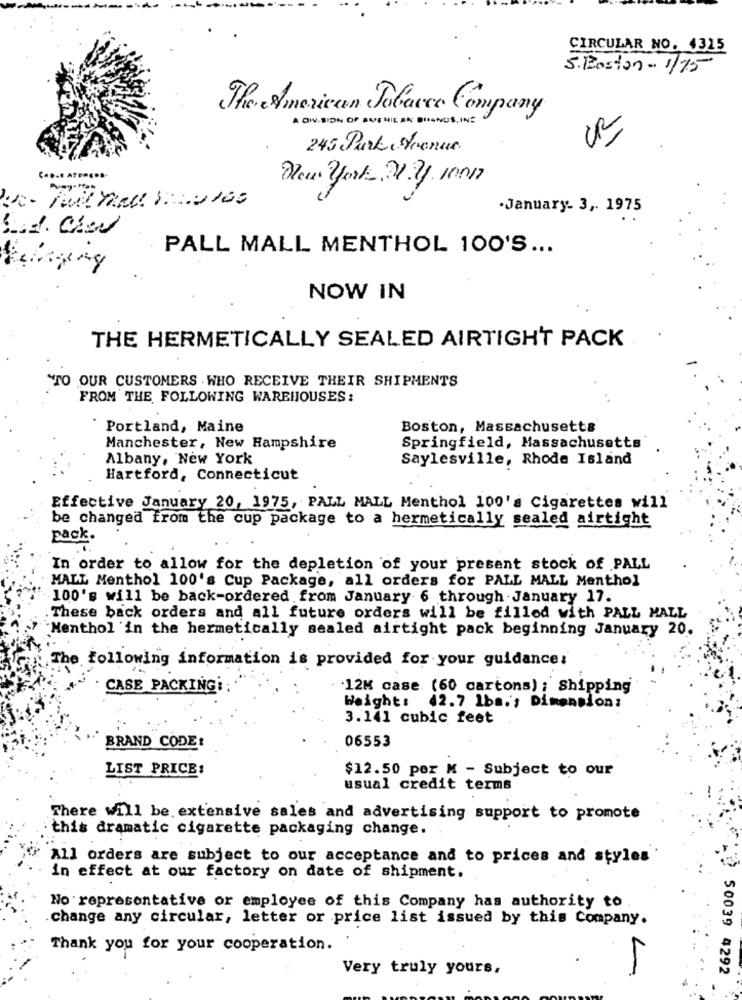
CIRCULAR NO. 1325
5.Boston- 1/75
The American Tobacco Company
A OW SION OF ANISHILAR BINUS, ING
CR
245 Park Avenue.
New york 21 2/ 1001
·January. 3 ,. 1975
PALL MALL MENTHOL 100'S ...
NOW IN
THE HERMETICALLY SEALED AIRTIGHT PACK
`TO OUR CUSTOMERS . WHO RECEIVE THEIR SHIPMENTS
FROM THE FOLLOWING WAREHOUSES:
Portland, Maine
Boston, Massachusetts
Manchester, New Hampshire
Springfield, Massachusetts
Albany, New York
Saylesville, Rhode Island
Hartford, Connecticut
Effective January 20, 1975, PALL MALL Menthol 100's Cigarettes will
be changed from the cup package to a hermetically sealed airtight
pack.
In order to allow for the depletion of your present stock of PALL
MALL Menthol 100's Cup Package, all orders for PALL MALL Menthol
100's will be back-ordered from January 6 through January 17.
These back orders and all future orders will be filled with PALL MALL
"Menthol 'in the hermetically sealed airtight pack beginning January 20.
The following information is provided for your guidance:
CASE PACKING
.12K case (60 cartons) ; Shipping
Weight: 42.7 1ba .; Dimension:
3.141 cubic feet
BRAND CODE:
06553
LIST PRICE:
$12.50 per M - Subject to our
usual credit terms
There will be extensive sales and advertising support to promote
this dramatic cigarette packaging change.
All orders are subject to our acceptance and to prices and styles
in effect at our factory on date of shipment.
No representative or employee of this Company has authority to
change any circular, letter or price list issued by this Company.
Thank you for your cooperation.
Very truly yours.
50039 4292